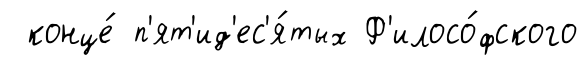
конце́ п'ят'ид'ес'я́тых Ф'илосо́фского